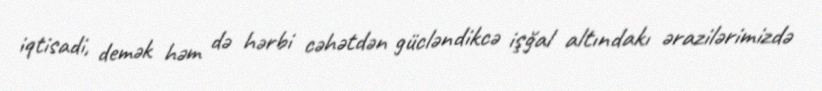
iqtisadi, demək həm də hərbi cəhətdən gücləndikcə işğal altındakı ərazilərimizdə